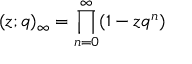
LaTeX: ( z ; q ) _ { \infty } = \prod _ { n = 0 } ^ { \infty } ( 1 - z q ^ { n } )